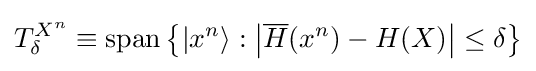
T_{\delta }^{X^{n}}\equiv {\text{span}}\left\{\left\vert x^{n}\right\rangle :\left\vert {\overline {H}}(x^{n})-H(X)\right\vert \leq \delta \right\}